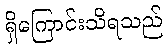
ရှိကြောင်းသိရသည်